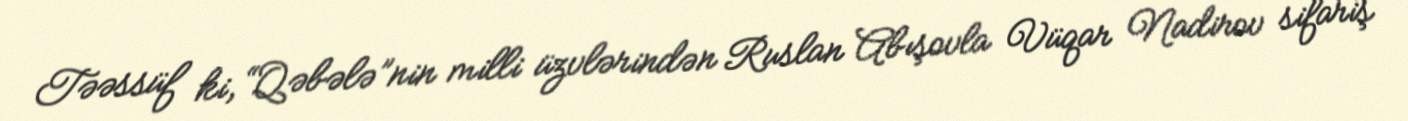
Təəssüf ki, “Qəbələ”nin milli üzvlərindən Ruslan Abışovla Vüqar Nadirov sifariş